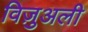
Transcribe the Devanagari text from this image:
विज़ुअली